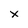
Character: x